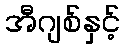
အီဂျစ်နှင့်